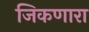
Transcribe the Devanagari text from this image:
जिकणारा